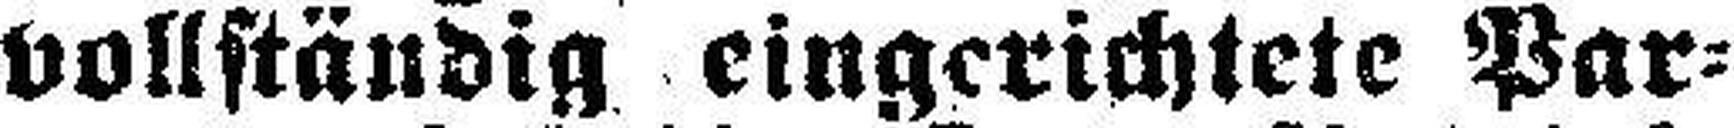
vollständig eingerichtete Par¬